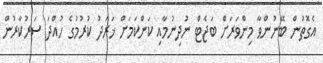
އެގޮތުން ބޭނުންވާ މިންވަރަށް ބަޖެޓް ނުދިނުމާއި ކަންކަމަށް ޚަރަދު ކުރުމުގެ ހުއްދަ ސަރުކާރުން